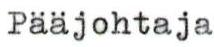
Pääjohtaja